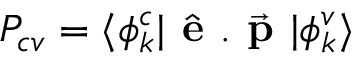
P _ { c v } = \langle \phi _ { k } ^ { c } \vert \hat { \textbf { e } } . \vec { \textbf { p } } \vert \phi _ { k } ^ { v } \rangle